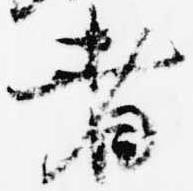
者